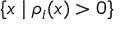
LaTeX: \{ x \mid \rho _ { i } ( x ) > 0 \}